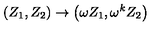
\left( Z _ { 1 } , Z _ { 2 } \right) \rightarrow \left( \omega Z _ { 1 } , \omega ^ { k } Z _ { 2 } \right)